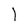
Character: 1